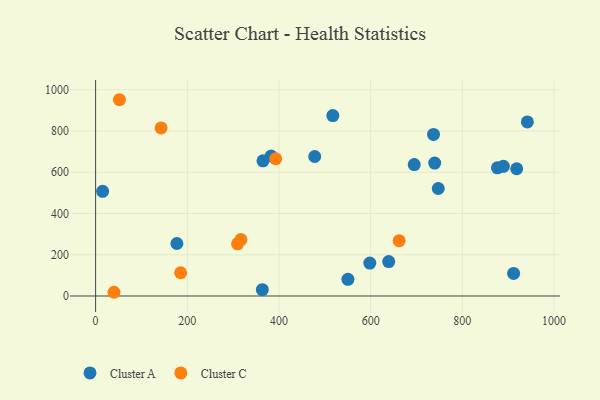
{"axis": {"x": "Speed", "y": "Sales"}, "legend": ["Cluster A", "Cluster C"], "data": [{"x": "941.9", "y": 843.8, "type": "Cluster A"}, {"x": "363.7", "y": 30.4, "type": "Cluster A"}, {"x": "517.5", "y": 874.5, "type": "Cluster A"}, {"x": "598.2", "y": 159.4, "type": "Cluster A"}, {"x": "889.5", "y": 628.6, "type": "Cluster A"}, {"x": "918.6", "y": 616.8, "type": "Cluster A"}, {"x": "478.0", "y": 676.3, "type": "Cluster A"}, {"x": "876.6", "y": 621.3, "type": "Cluster A"}, {"x": "550.4", "y": 80.6, "type": "Cluster A"}, {"x": "15.3", "y": 507.3, "type": "Cluster A"}, {"x": "365.1", "y": 655.4, "type": "Cluster A"}, {"x": "737.1", "y": 783.4, "type": "Cluster A"}, {"x": "695.1", "y": 637.0, "type": "Cluster A"}, {"x": "747.5", "y": 521.0, "type": "Cluster A"}, {"x": "177.3", "y": 254.4, "type": "Cluster A"}, {"x": "382.9", "y": 678.6, "type": "Cluster A"}, {"x": "911.9", "y": 109.5, "type": "Cluster A"}, {"x": "739.7", "y": 644.4, "type": "Cluster A"}, {"x": "639.4", "y": 166.9, "type": "Cluster A"}, {"x": "40.1", "y": 18.0, "type": "Cluster C"}, {"x": "51.9", "y": 951.4, "type": "Cluster C"}, {"x": "185.5", "y": 112.6, "type": "Cluster C"}, {"x": "316.9", "y": 273.6, "type": "Cluster C"}, {"x": "662.2", "y": 268.2, "type": "Cluster C"}, {"x": "392.8", "y": 665.3, "type": "Cluster C"}, {"x": "142.8", "y": 814.8, "type": "Cluster C"}, {"x": "309.7", "y": 253.1, "type": "Cluster C"}]}